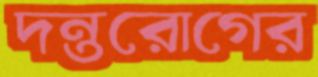
দন্তরোগের